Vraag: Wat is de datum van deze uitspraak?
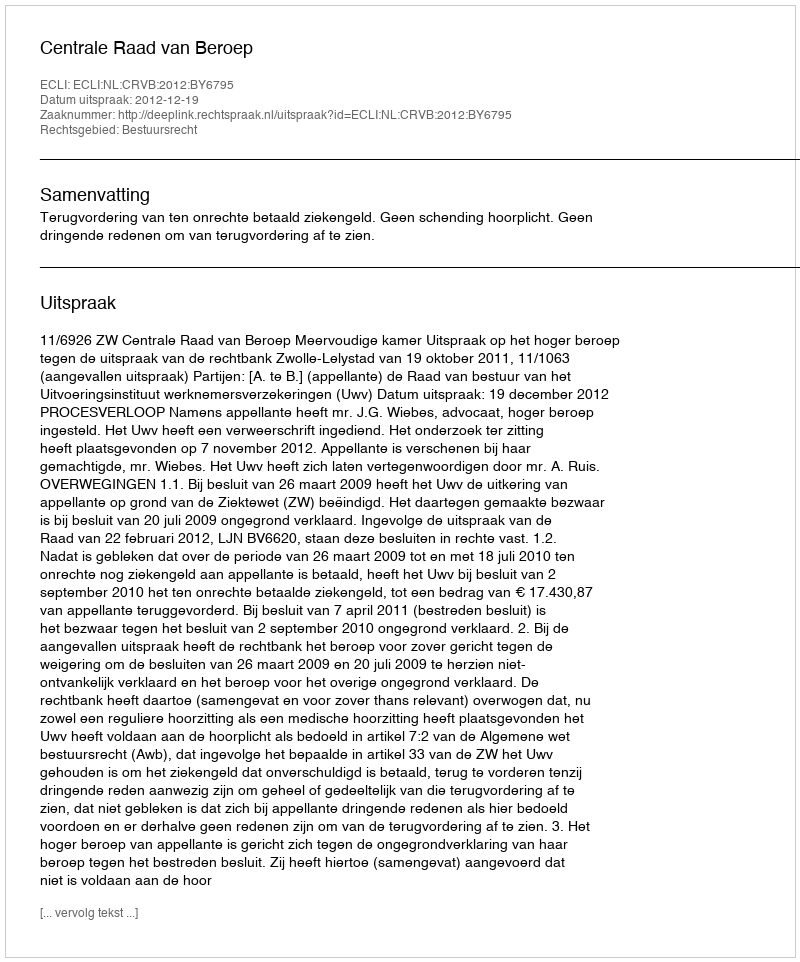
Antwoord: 2012-12-19